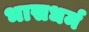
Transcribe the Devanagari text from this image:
भासधर्म